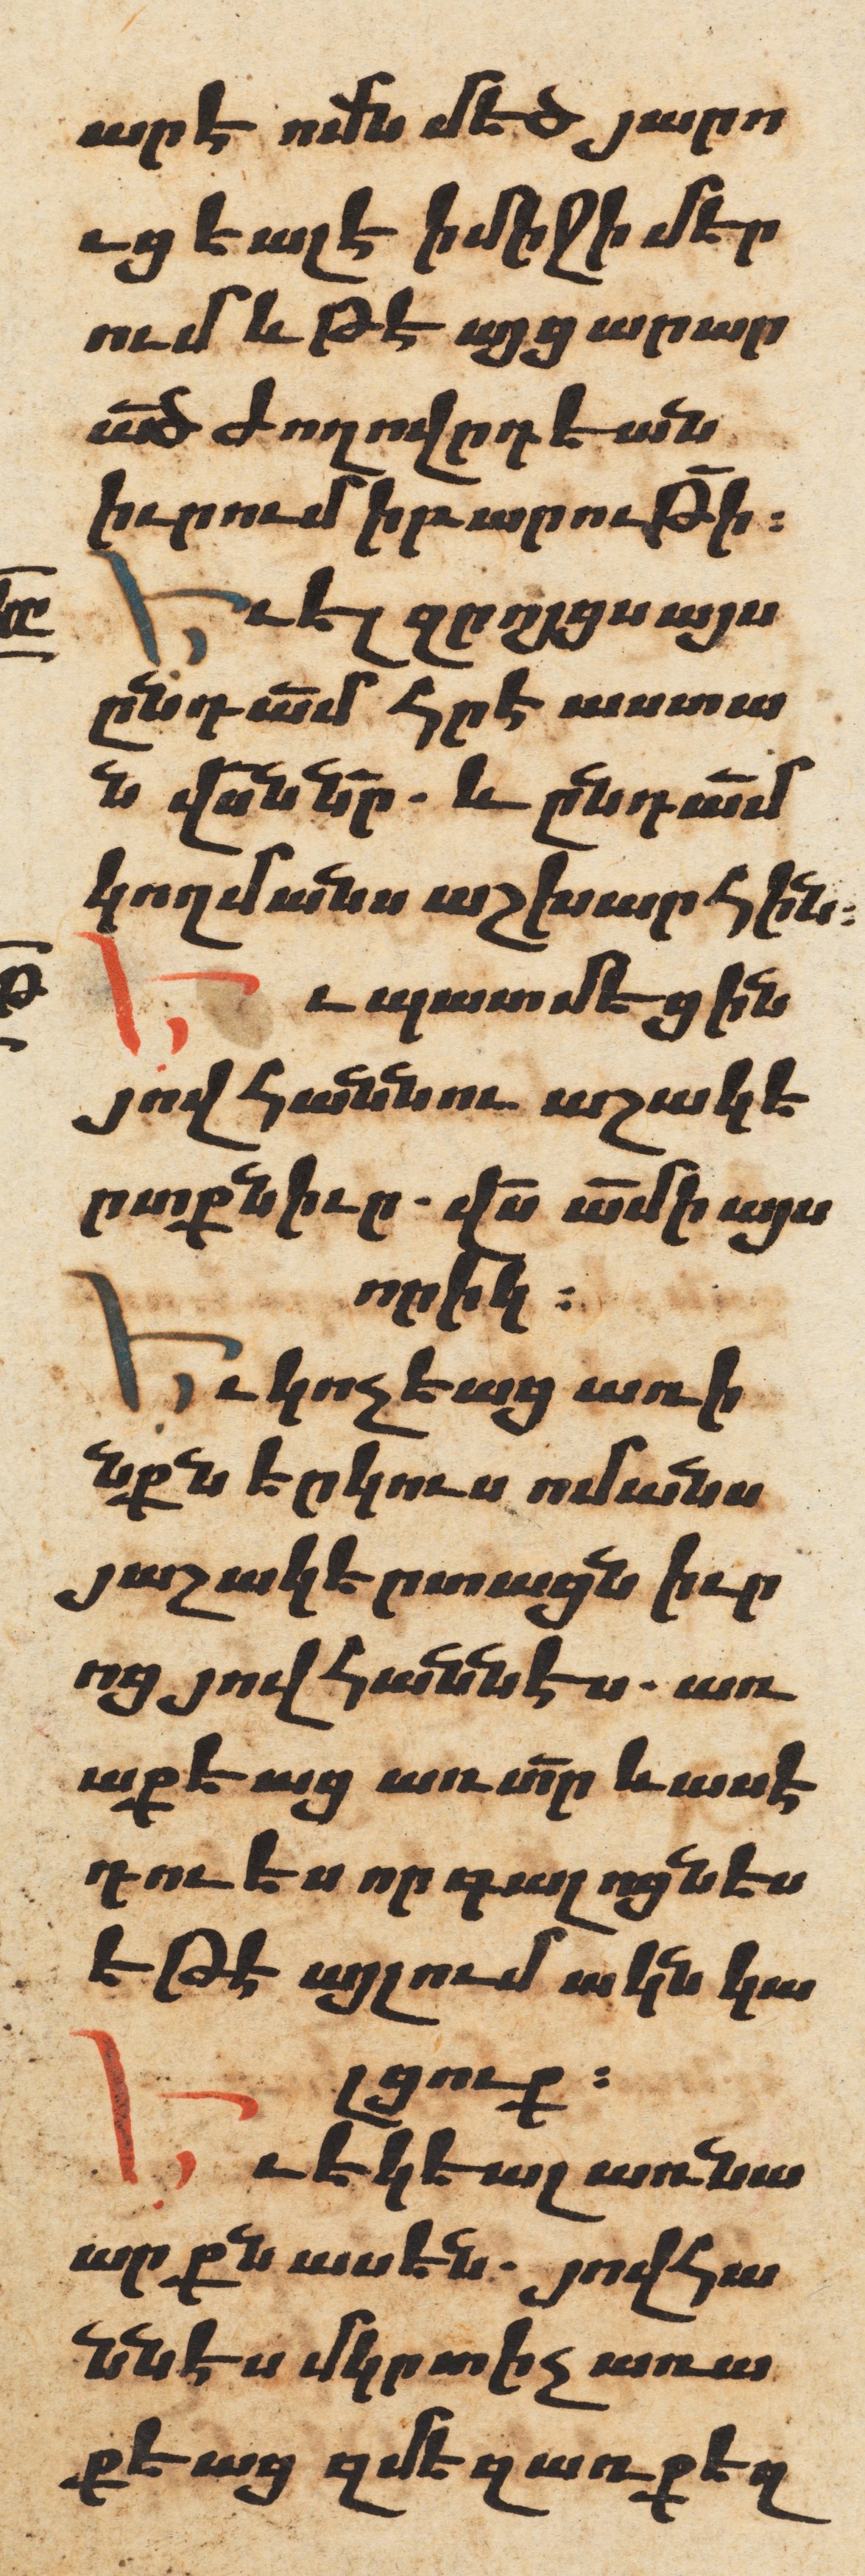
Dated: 1606–1606